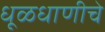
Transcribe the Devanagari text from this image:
धूळधाणीचे